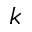
k